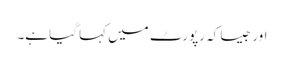
اور جیسا کہ رپورٹ میں کہا گیا ہے۔